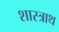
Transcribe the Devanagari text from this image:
शास्त्राथ